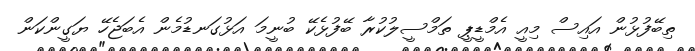
ތިބޭފުޅުން އައިސް މިއީ އެމްޑީޕީ ތަމްސީލުކުރާ ބޭފުޅެކޭ ބުނީމަ އަޅުގަނޑުމެން އެބަޖެހޭ ޔަގީންކަން